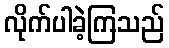
လိုက်ပါခဲ့ကြသည်